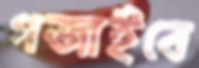
গজাইবে